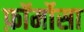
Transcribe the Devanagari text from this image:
फ़ॉर्मोसा